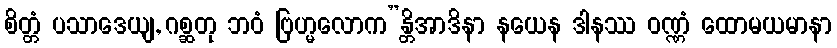
စိတ္တံ ပသာဒေယျ, ဂစ္ဆတု ဘဝံ ဗြဟ္မလောက”န္တိအာဒိနာ နယေန ဒါနဿ ဝဏ္ဏံ ထောမယမာနာ